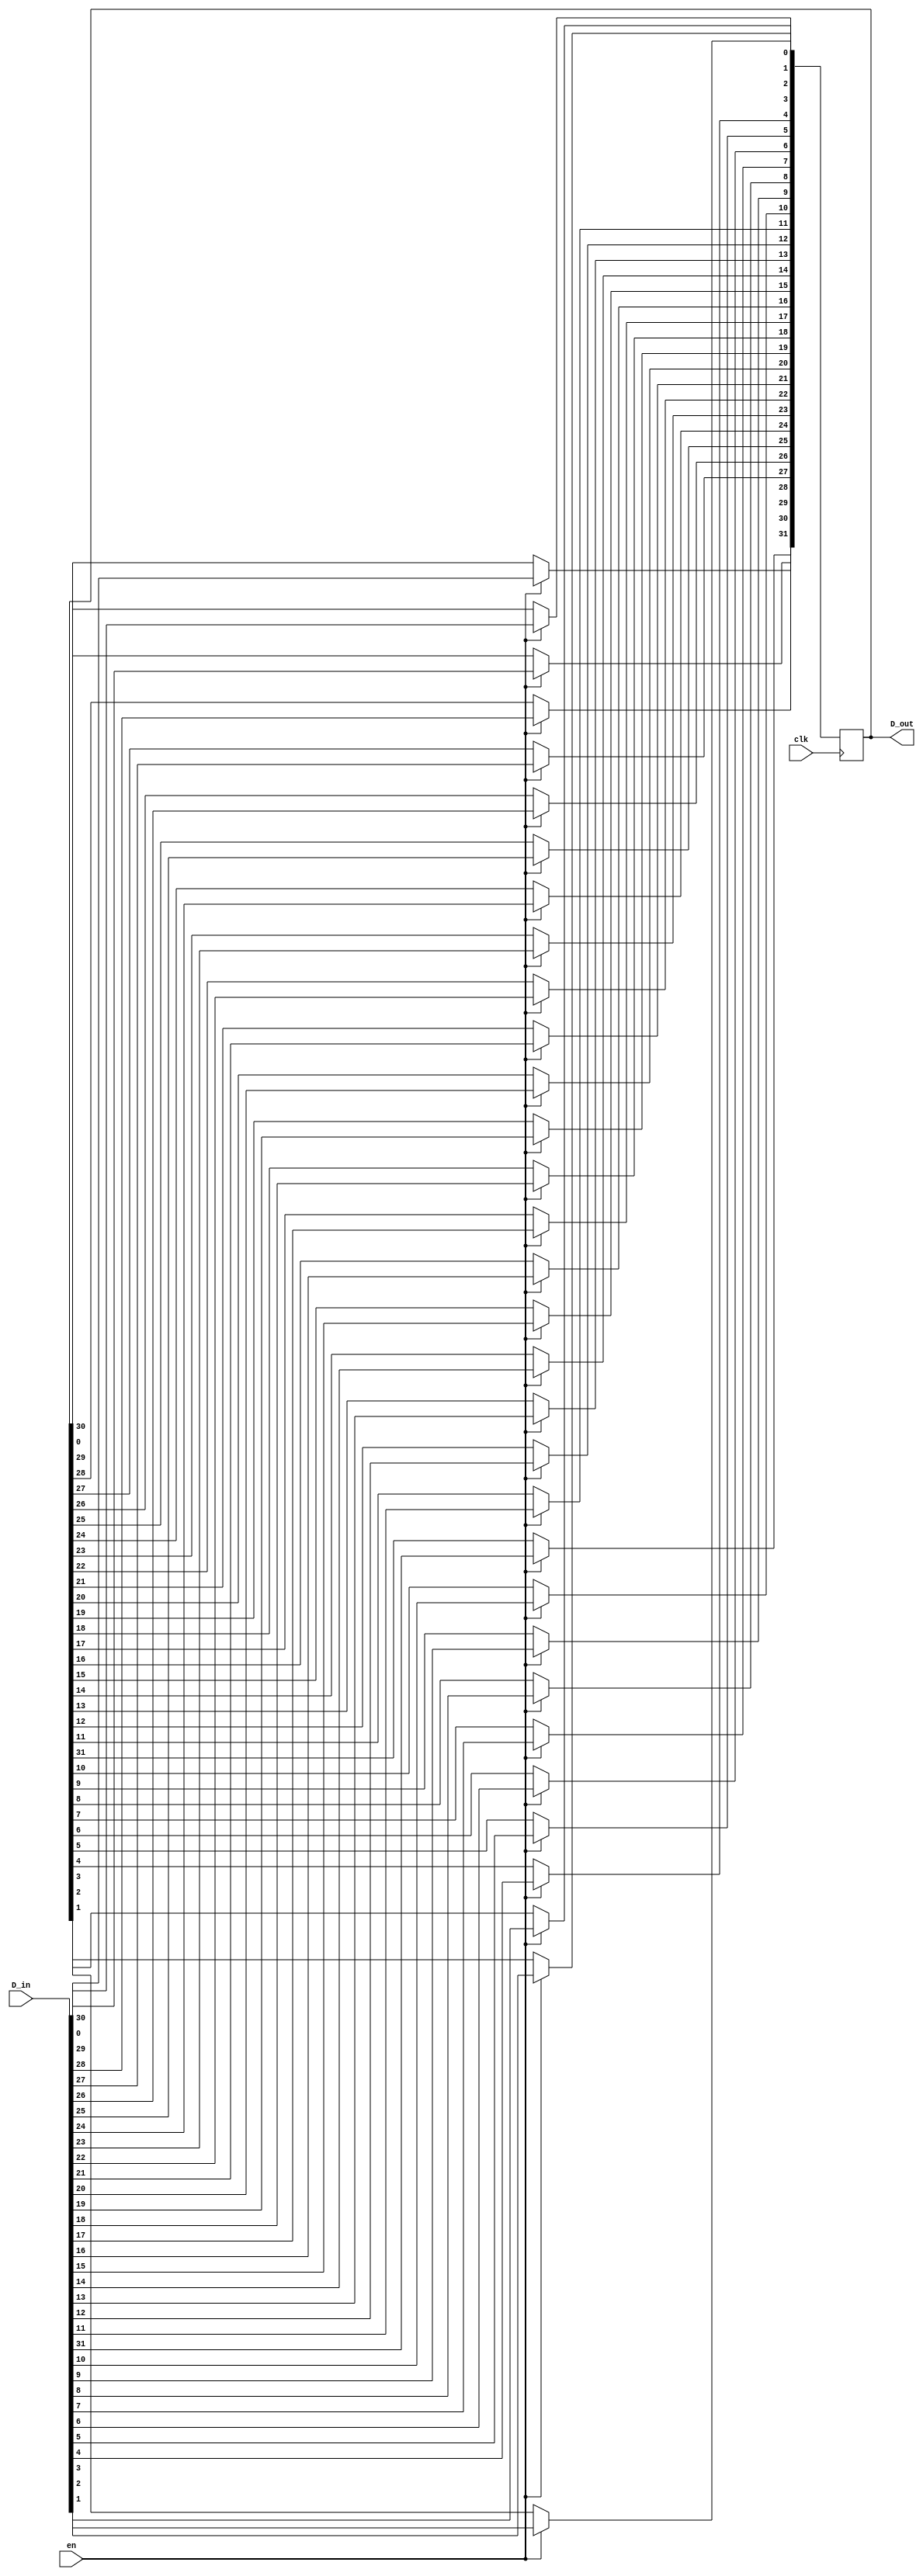
`timescale 1ns / 1ps
module test_32bits(
input [31:0] D_in, // Data input
input clk, // clock input
input en,
output reg [31:0] D_out); // output Q
integer i;

always @(posedge clk)
begin
if(en) begin

	for (i=0; i<32; i=i+1)
		D_out[i]<= D_in[i];

	end
end
endmodule